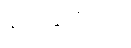
ရုပ်တွက်ပါ။]